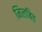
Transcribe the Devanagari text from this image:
निलबित